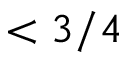
< 3 / 4